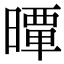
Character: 𣊢